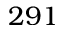
2 9 1